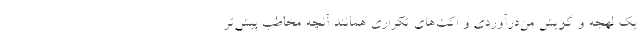
یک لهجه و گویش من‌درآوردی و اکت‌های تکراری همانند آنچه مخاطب پیش‌تر